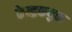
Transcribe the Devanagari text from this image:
केन्द्रकयुक्त